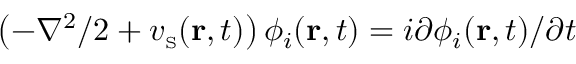
\left( - \nabla ^ { 2 } / 2 + v _ { \scriptscriptstyle \mathrm { S } } ( { \bf r } , t ) \right) \phi _ { i } ( { \bf r } , t ) = i \partial \phi _ { i } ( { \bf r } , t ) / \partial t